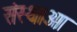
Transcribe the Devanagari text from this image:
संस्थाआ